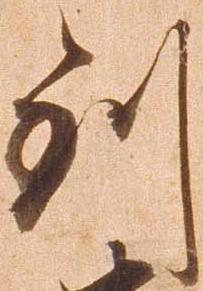
到